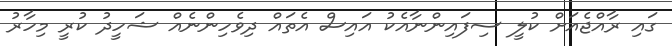
ގައި ރާއްޖެއަށް ކުލީ ސިފައިންނާއެކު އައިސް އެތައް ދިވެހިންނެއް ޝަހީދު ކުރީ މިހާރު